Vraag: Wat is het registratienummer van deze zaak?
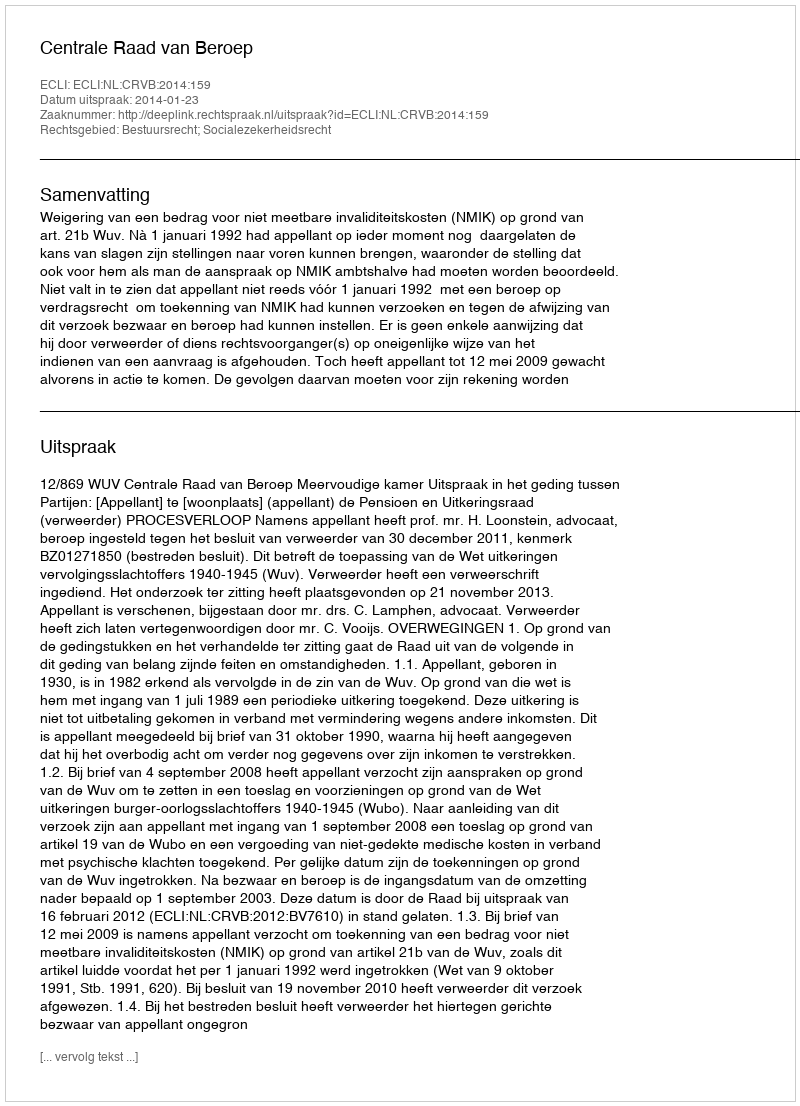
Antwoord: http://deeplink.rechtspraak.nl/uitspraak?id=ECLI:NL:CRVB:2014:159